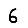
Digit: 6